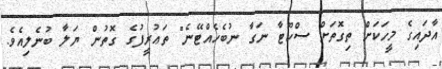
އާދައިގެ މީހަކަށް ތިގޮތަށް ސްކޫޓާ ނަގާ ނުބެހެއްޓޭނެ" ތަޢުރީފުގެ ގޮތުން ޔަލާ ބުނެލިއެވެ.